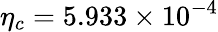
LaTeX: \eta_{c}=5.933\times 10^{-4}